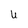
Character: U